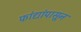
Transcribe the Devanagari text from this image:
फांद्यांपासून